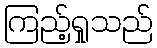
ကြည့်ရှုသည်